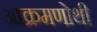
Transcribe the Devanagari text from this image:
आक्रमणोथी